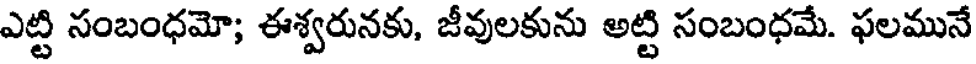
ఎట్టి సంబంధమో; ఈశ్వరునకు, జీవులకును అట్టి సంబంధమే. ఫలమునే